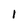
Character: 1